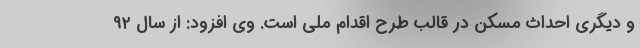
و دیگری احداث مسکن در قالب طرح اقدام ملی است. وی افزود: از سال ۹۲